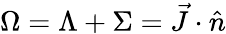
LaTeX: \Omega=\Lambda+\Sigma=\vec{J}\cdot\hat{n}